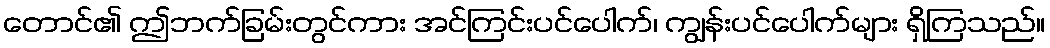
တောင်၏ ဤဘက်ခြမ်းတွင်ကား အင်ကြင်းပင်ပေါက်၊ ကျွန်းပင်ပေါက်များ ရှိကြသည်။